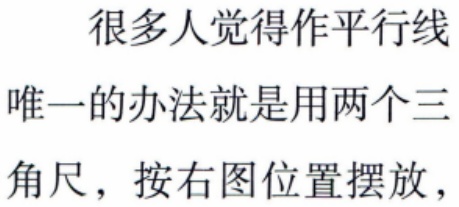
很多人觉得作平行线
唯一的办法就是用两个三
角尺，按右图位置摆放，